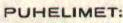
PUHELIMET: